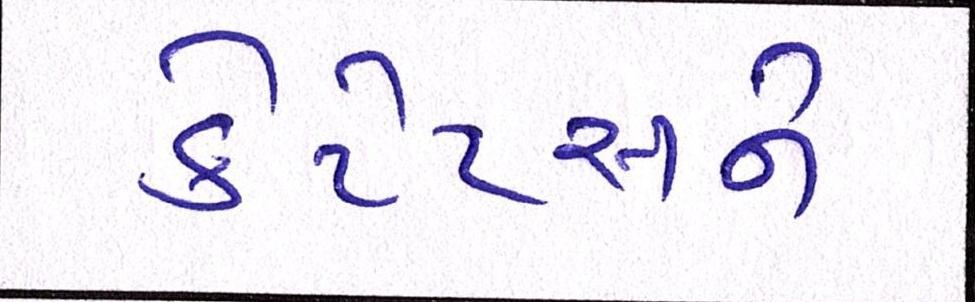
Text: કેટેટસને